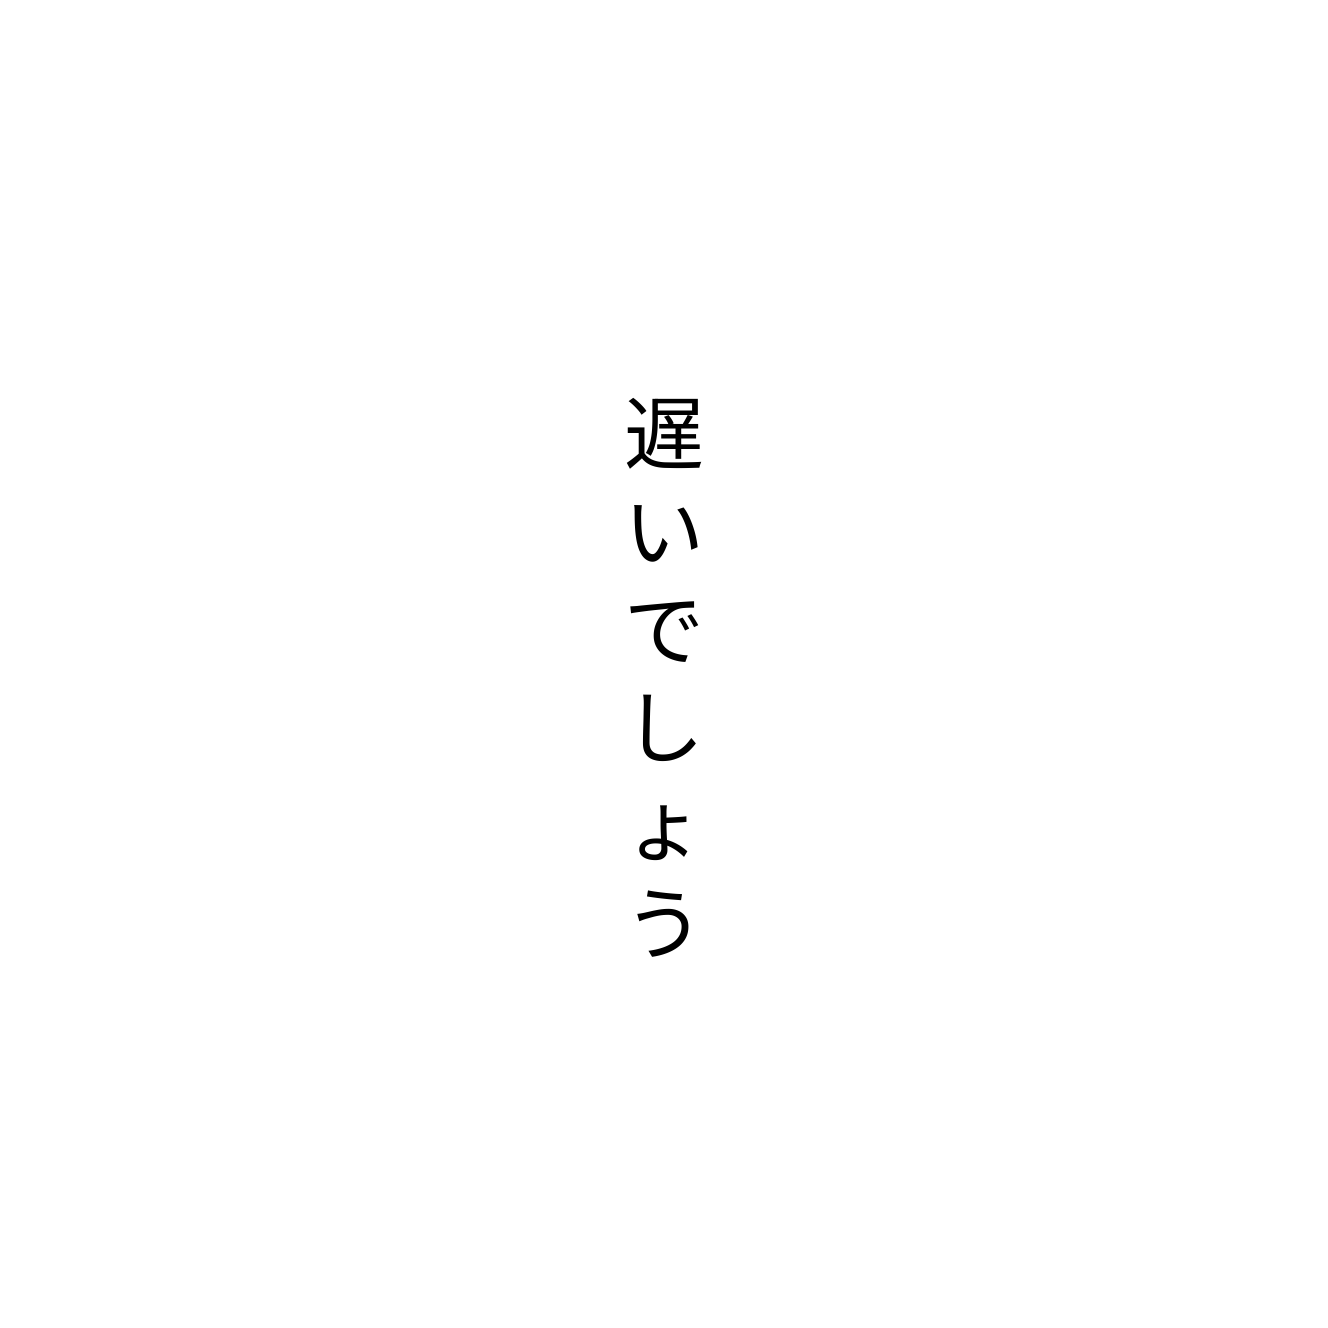
遅いでしょう